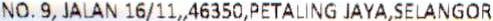
NO.9, JALAN 16/11,,46350,PETALING JAYA,SELANGOR